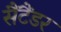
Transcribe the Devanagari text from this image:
सैंटैंडर